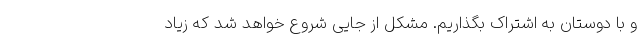
و با دوستان به اشتراک بگذاریم. مشکل از جایی شروع خواهد شد که زیاد